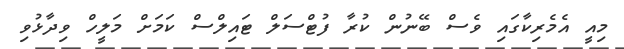
މިއީ އެމެރިކާގައި ވެސް ބޭނުން ކުރާ ފުޓްސަލް ޓައިލްސް ކަމަށް މަލީހް ވިދާޅުވި